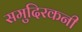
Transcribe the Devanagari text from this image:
समुदिरकनी